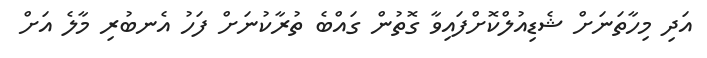
އަދި މިހާތަނަށް ޝެޑިއުލްކޮށްފައިވާ ގޮތުން ގައްބެ ތުރާކުނަށް ފަހު އެނބުރި މާލެ އަށް